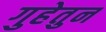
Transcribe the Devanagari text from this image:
गुहेतुन